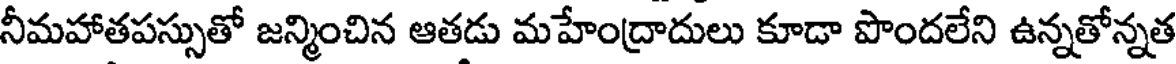
నీమహాతపస్సుతో జన్మించిన ఆతడు మహేంద్రాదులు కూడా పొందలేని ఉన్నతోన్నత